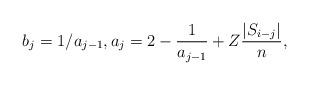
LaTeX: \begin{align*}b_j=1/a_{j-1},a_j=2-\frac{1}{a_{j-1}}+ Z\frac{|S_{i-j}|}{n},\end{align*}